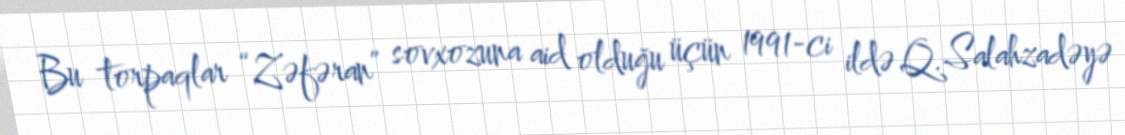
Bu torpaqlar “Zəfəran” sovxozuna aid olduğu üçün 1991-ci ildə Q.Salahzadəyə